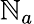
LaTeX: \mathbb{N}_{a}